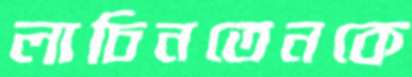
লাচিনতেনকে